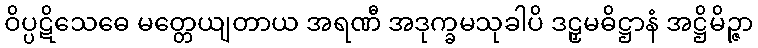
ဝိပ္ပဋိသေဓေ မတ္တေယျတာယ အရဏီ အဒုက္ခမသုခါပိ ဒဠှမဓိဋ္ဌာနံ အဋ္ဌိမိဉ္ဇာ